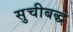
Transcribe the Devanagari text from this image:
सुचीबद्ध